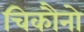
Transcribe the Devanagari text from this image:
चिकौनो